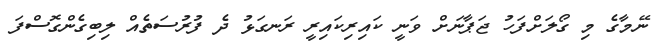
ނޭމާގެ މި ގޯލަށްފަހު ޖަޕާނަށް ވަނީ ކައިރިކައިރީ ރަނގަޅު ދެ ފުރުސަތެއް ލިބިގެންގޮސްފަ